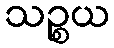
သဉ္စယ